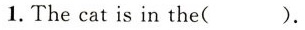
1. The cat is in the( ).